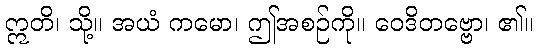
ဣတိ၊ သို့။ အယံ ကမော၊ ဤအစဉ်ကို။ ဝေဒိတဗ္ဗော၊ ၏။